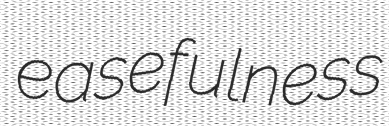
easefulness